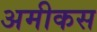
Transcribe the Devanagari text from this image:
अमीकस